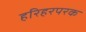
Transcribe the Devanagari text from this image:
हरिहरपरक